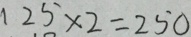
1 2 5 \times 2 = 2 5 0